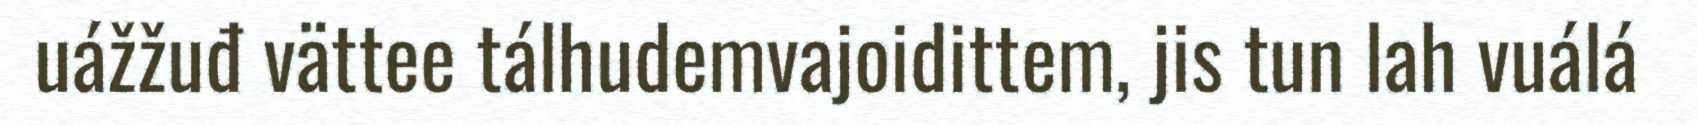
uážžuđ vättee tálhudemvajoidittem, jis tun lah vuálá